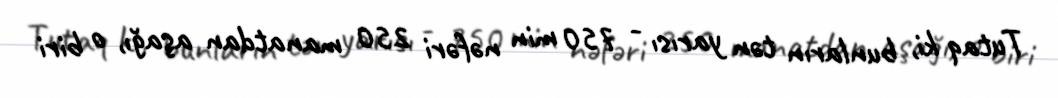
Tutaq ki, bunların tən yarısı - 750 min nəfəri 250 manatdan aşağı, o biri